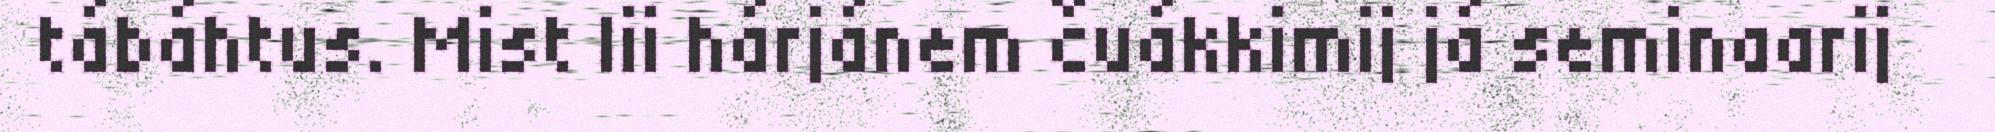
tábáhtus. Mist lii hárjánem čuákkimij já seminaarij